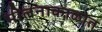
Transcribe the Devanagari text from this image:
मीलनाकाळात